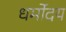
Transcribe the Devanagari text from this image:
धर्मोदय